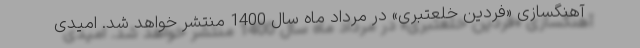
آهنگسازی «فردین خلعتبری» در مرداد ماه سال 1400 منتشر خواهد شد. امیدی